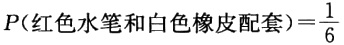
\(P(\text{红色水笔和白色橡皮配套})=\frac{1}{6}\)